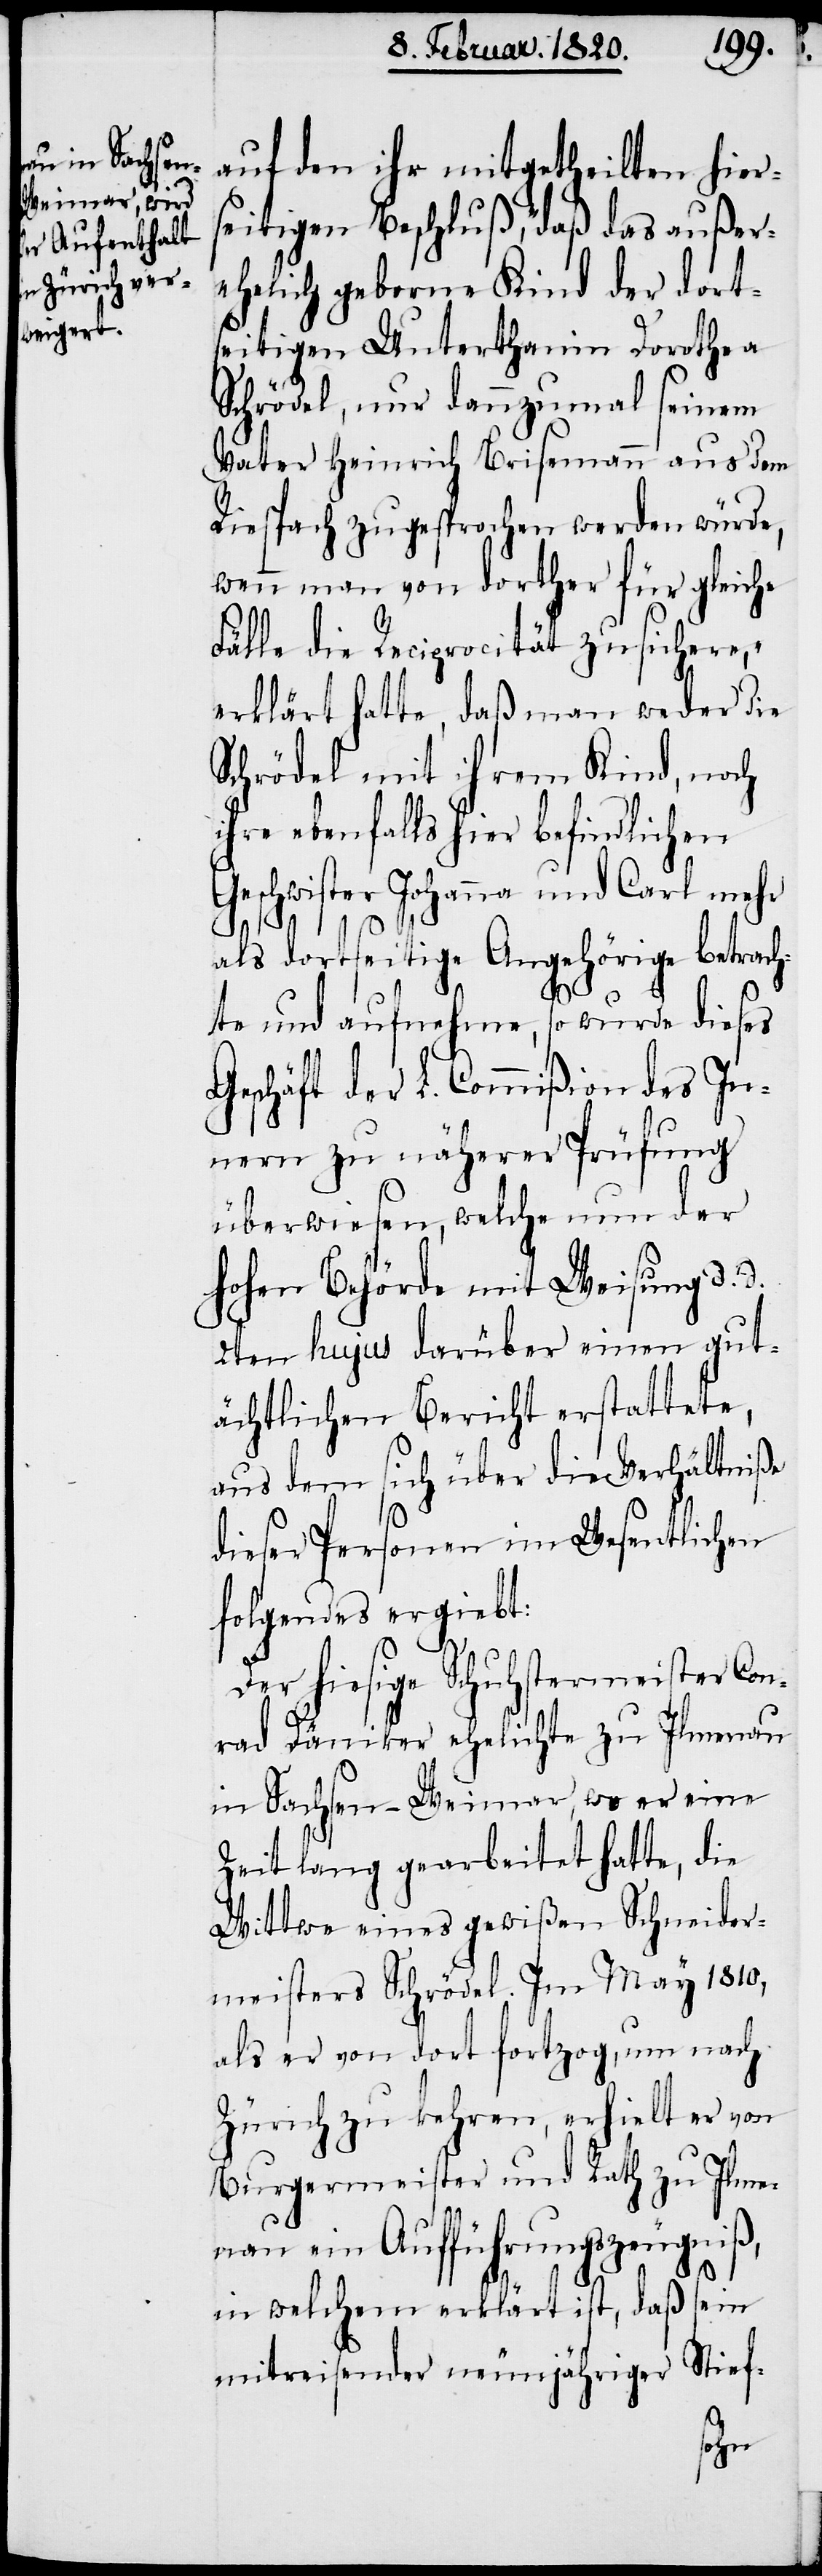
auf den ihr mitgetheilten hiers¬
eitigen Beschluß, „daß das außer¬
ehelich geborne Kind der dorts¬
eitigen Unterthanin Dorothea
Schrödel, nur dannzumal seinem
Vater Heinrich Brisemann aus dem
Riespach zugesprochen werden würde,
wenn man von dorther für gleiche
Fälle die Reciprocität zusichere,“
erklärt hatte, daß man weder die
Schrödel mit ihrem Kind, noch
ihre ebenfalls hier befindlichen
Geschwister Johanna und Carl mehr
als dortseitige Angehörige betrach¬
te und aufnehme, so wurde dieses
Geschäft der L. Commißion des In¬
nern zu näherer Prüfung
überwiesen, welche nun der
hohen Behörde mit Weisung d. d.
2ten hujus darüber einen gut¬
ächtlichen Bericht erstattete,
aus dem sich über die Verhältniße
dieser Personen im Wesentlichen
folgendes ergiebt:
Der hiesige Schuhstermeister Con¬
rad Däniker ehelichte zu Ilmenau
in Sachsen-Weimar, wo er eine
Zeit lang gearbeitet hatte, die
Wittwe eines gewißen Schneider¬
meisters Schrödel. Im May 1810,
als er von dort fortzog, um nach
Zürich zu kehren, erhielt er von
Burgermeister und Rath zu Ilme¬
nau ein Aufführungszeugniß,
in welchem erklärt ist, daß sein
mitreisender neunjähriger Stief-